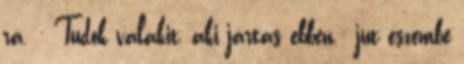
rá. - Tudok valakit, aki jártas ebben.- jut eszembe